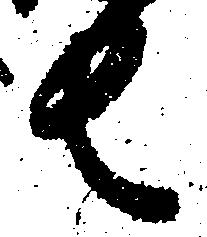
去